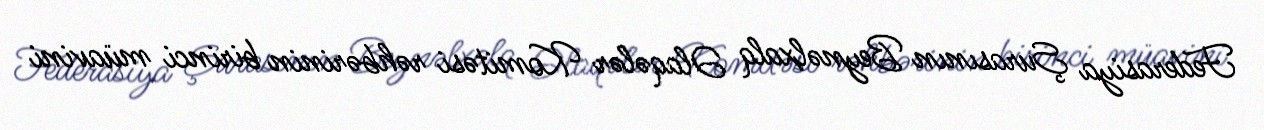
Federasiya Şurasının Beynəlxalq Əlaqələr Komitəsi rəhbərinin birinci müavini